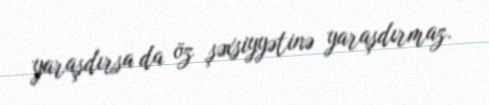
yaraşdırsa da öz şəxsiyyətinə yaraşdırmaz.